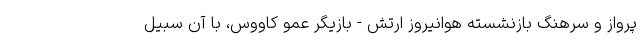
پرواز و سرهنگ بازنشسته هوانیروز ارتش - بازیگر عمو کاووس، با آن سبیل